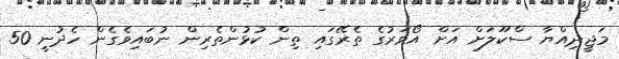
މަޖީދިއްޔާ ސްކޫލަށް އަށް އޯވަރުގެ ތެރޭގައި ތިން ކުޅުންތެރިން ނުބައިވެގެން ހެދުނީ 50